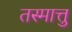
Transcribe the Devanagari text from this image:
तस्मात्तु